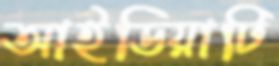
আইডিয়াটি